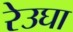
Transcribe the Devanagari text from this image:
रेउघा